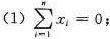
(1) $$\sum _ { i = 1 } ^ { n } x _ { 1 } = 0$$ ；